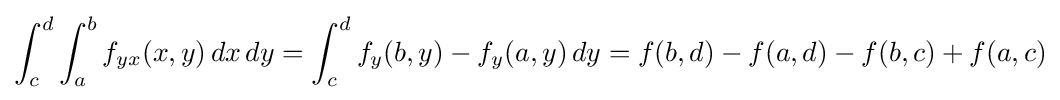
\int _{c}^{d}\int _{a}^{b}f_{yx}(x,y)\,dx\,dy=\int _{c}^{d}f_{y}(b,y)-f_{y}(a,y)\,dy=f(b,d)-f(a,d)-f(b,c)+f(a,c)